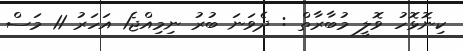
ކިނޮޅޮހު ވޮލީ މުބާރާތް : ދެވަނަ ބުރު ނިމިއްޖެ1 އަހަރު 11 މަސް